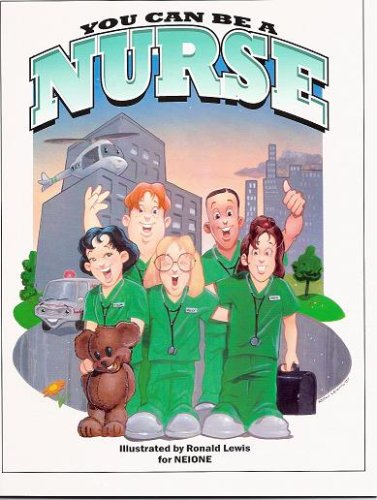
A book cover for You Can Be a Nurse Coloring Book W/two-sided Poster Incl 2011/12 Class Calendar; NEIONE; Calendars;